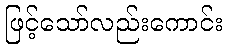
ဖြင့်သော်လည်းကောင်း